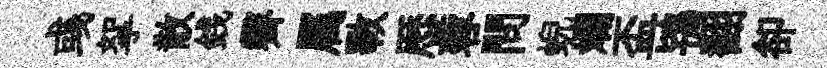
彧挐散銭霽属斁厯蓉問蜺斕盃鴇翻卻